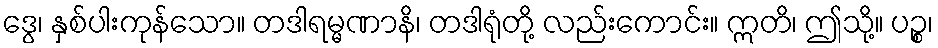
ဒွေ၊ နှစ်ပါးကုန်သော။ တဒါရမ္မဏာနိ၊ တဒါရုံတို့ လည်းကောင်း။ ဣတိ၊ ဤသို့။ ပဉ္စ၊